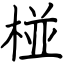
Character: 椪